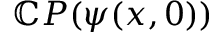
\mathbb { C } { P } ( \psi ( x , 0 ) )